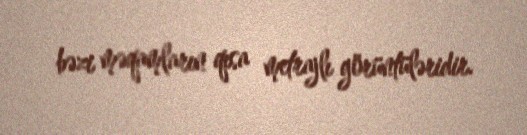
bəzi məqamların qısa metrajlı görüntüləridir.